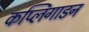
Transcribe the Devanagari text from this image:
कप्लिंगाडन